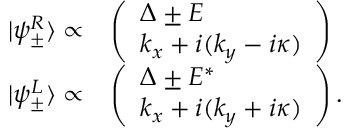
\begin{array} { r l } { | \psi _ { \pm } ^ { R } \rangle \propto } & { \left( \begin{array} { l } { \Delta \pm E } \\ { k _ { x } + i ( k _ { y } - i \kappa ) } \end{array} \right) } \\ { | \psi _ { \pm } ^ { L } \rangle \propto } & { \left( \begin{array} { l } { \Delta \pm E ^ { * } } \\ { k _ { x } + i ( k _ { y } + i \kappa ) } \end{array} \right) . } \end{array}